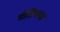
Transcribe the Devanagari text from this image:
मीडियमस